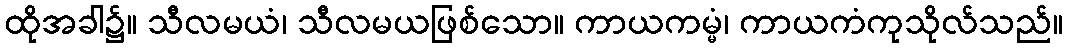
ထိုအခါ၌။ သီလမယံ၊ သီလမယဖြစ်သော။ ကာယကမ္မံ၊ ကာယကံကုသိုလ်သည်။